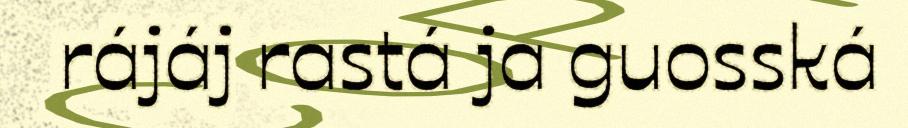
rájáj rastá ja guosská